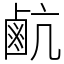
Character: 䴚